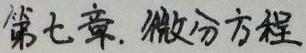
第七章. 微分方程